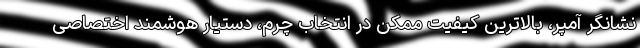
نشانگر آمپر، بالاترین کیفیت ممکن در انتخاب چرم، دستیار هوشمند اختصاصی